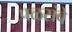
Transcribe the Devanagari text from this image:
पळसंबे